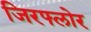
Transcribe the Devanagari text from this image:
जिरफ्लोर